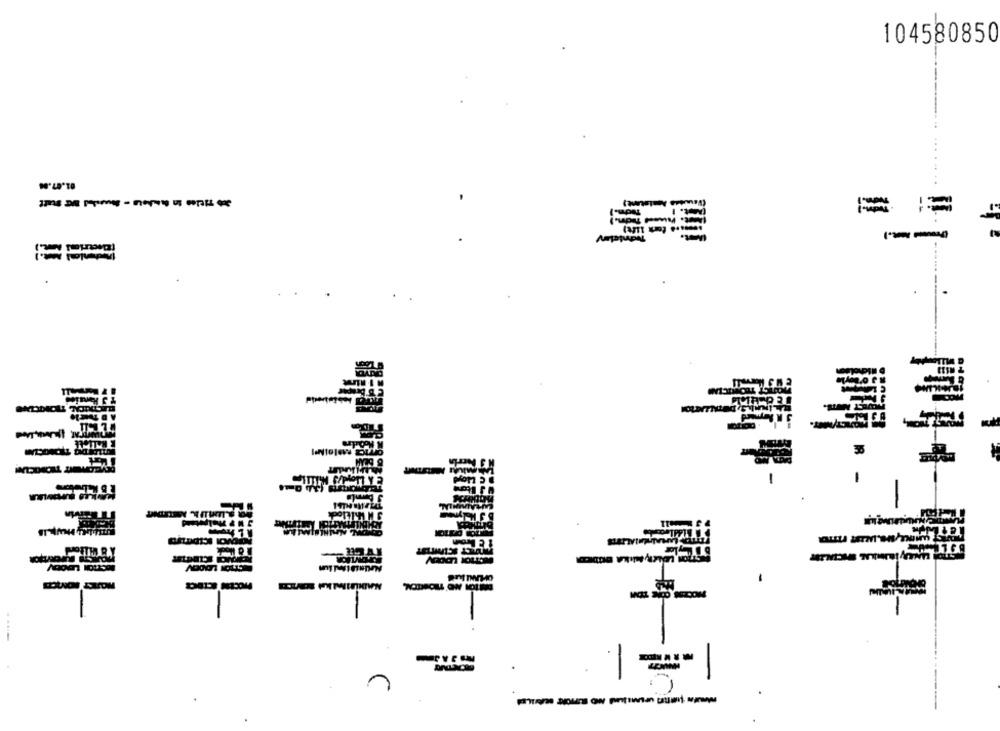
104580850
= ==
MMInKYN
-
1